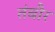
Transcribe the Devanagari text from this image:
तंबौर